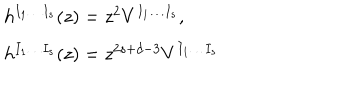
\begin{array} { l } { { h ^ { I _ { 1 } \ldots I _ { s } } ( z ) = z ^ { 2 } V ^ { I _ { 1 } \ldots I _ { s } } , \; \; } } \\ { { h ^ { I _ { 1 } \ldots I _ { s } } ( z ) = z ^ { 2 s + d - 3 } V ^ { I _ { 1 } \ldots I _ { s } } } } \\ \end{array}